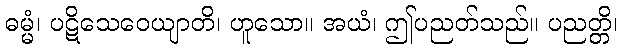
ဓမ္မံ၊ ပဋိသေဝေယျာတိ၊ ဟူသော။ အယံ၊ ဤပညတ်သည်။ ပညတ္တိ၊